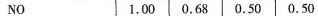
NO 1.00 0.68 0.50 0.50